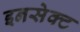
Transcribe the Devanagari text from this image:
इनसेक्ट